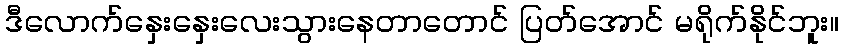
ဒီလောက်နှေးနှေးလေးသွားနေတာတောင် ပြတ်အောင် မရိုက်နိုင်ဘူး။